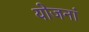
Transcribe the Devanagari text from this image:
योजनां